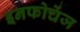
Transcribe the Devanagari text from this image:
इनफोचेंज